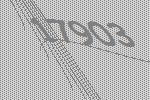
17903